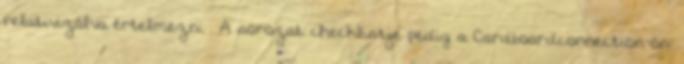
relativizálva értelmezni . A sorozat checklistje pedig a Cardboardconnection-ön: